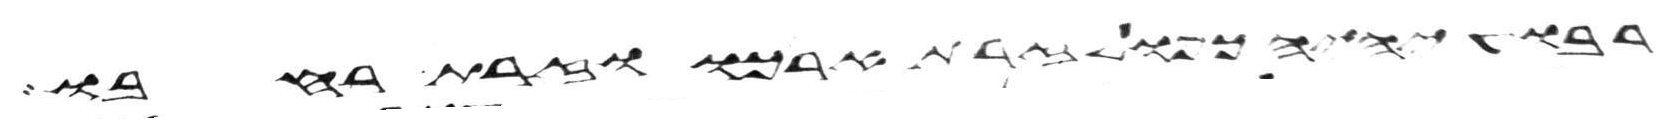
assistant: רבוע יהיה כפול זרת ארכו וזרת רחבו